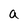
Character: a